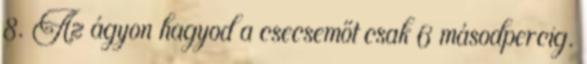
8. Az ágyon hagyod a csecsemőt csak 6 másodpercig.